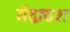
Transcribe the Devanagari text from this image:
मेंद्वादश